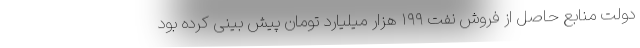
دولت منابع حاصل از فروش نفت ۱۹۹ هزار میلیارد تومان پیش بینی کرده بود